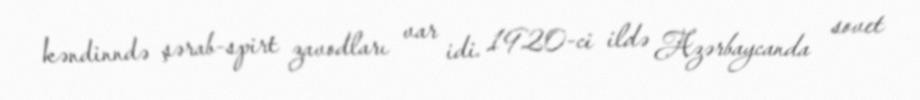
kəndinndə şərab-spirt zavodları var idi. 1920-ci ildə Azərbaycanda sovet